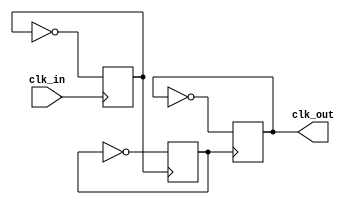
`timescale 1ns/1ps

module clk_div8(clk_in, clk_out);
input clk_in;

output reg clk_out;

reg clk1, clk2;

always @(posedge clk_in) clk1 <= ~clk1;
always @(posedge clk1) clk2 <= ~clk2;
always @(posedge clk2) clk_out <= ~clk_out;

endmodule